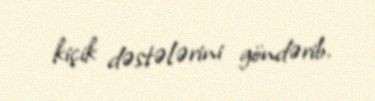
kiçik dəstələrini göndərib.